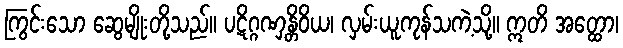
ကြွင်းသော ဆွေမျိုးတို့သည်။ ပဋိဂ္ဂဏှန္တိဝိယ၊ လှမ်းယူကုန်သကဲ့သို့။ ဣတိ အတ္ထော၊